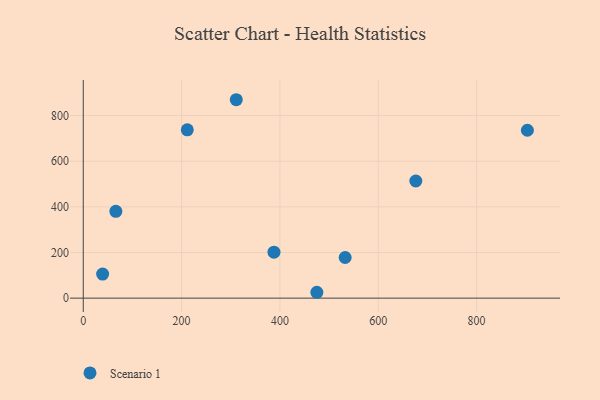
{"axis": {"x": "Experience", "y": "Salary"}, "legend": ["Scenario 1"], "data": [{"x": "66.3", "y": 380.6, "type": "Scenario 1"}, {"x": "903.3", "y": 735.7, "type": "Scenario 1"}, {"x": "311.2", "y": 869.4, "type": "Scenario 1"}, {"x": "676.4", "y": 513.3, "type": "Scenario 1"}, {"x": "475.1", "y": 25.7, "type": "Scenario 1"}, {"x": "387.9", "y": 201.5, "type": "Scenario 1"}, {"x": "532.7", "y": 178.0, "type": "Scenario 1"}, {"x": "211.6", "y": 737.6, "type": "Scenario 1"}, {"x": "39.4", "y": 105.6, "type": "Scenario 1"}]}